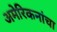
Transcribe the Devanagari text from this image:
अमेरिकनांचा